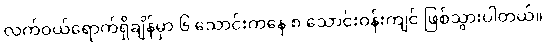
လက်ဝယ်ရောက်ရှိချိန်မှာ ၆ သောင်းကနေ ၈ သောင်းဝန်းကျင် ဖြစ်သွားပါတယ်။